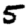
Digit: 5